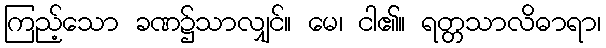
ကြည့်သော ခဏ၌သာလျှင်။ မေ၊ ငါ၏။ ရတ္တသာလိဓာရာ၊